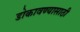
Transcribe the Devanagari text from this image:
डोकावण्यासाठी